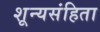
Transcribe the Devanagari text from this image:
शून्यसंहिता